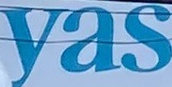
yas